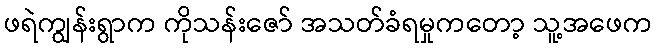
ဖရဲကျွန်းရွာက ကိုသန်းဇော် အသတ်ခံရမှုကတော့ သူ့အဖေက